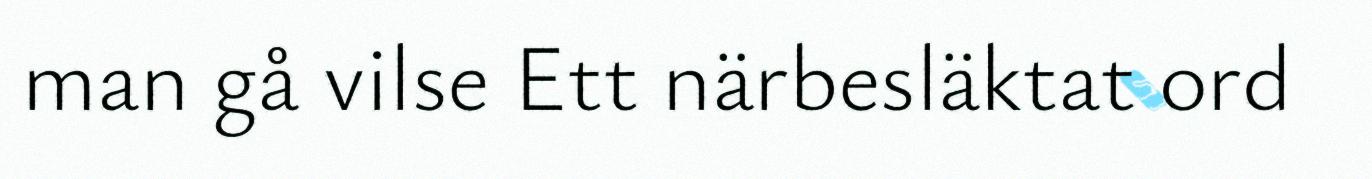
man gå vilse Ett närbesläktat ord